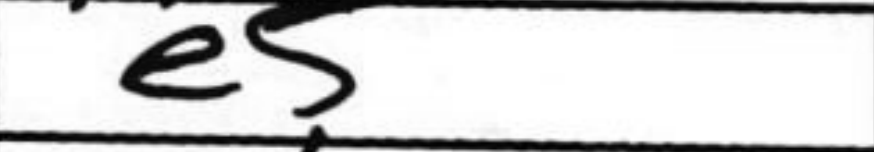
Transcription: e5